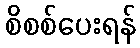
စိစစ်ပေးရန်